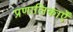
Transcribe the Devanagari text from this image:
प्रणालिकाएँ